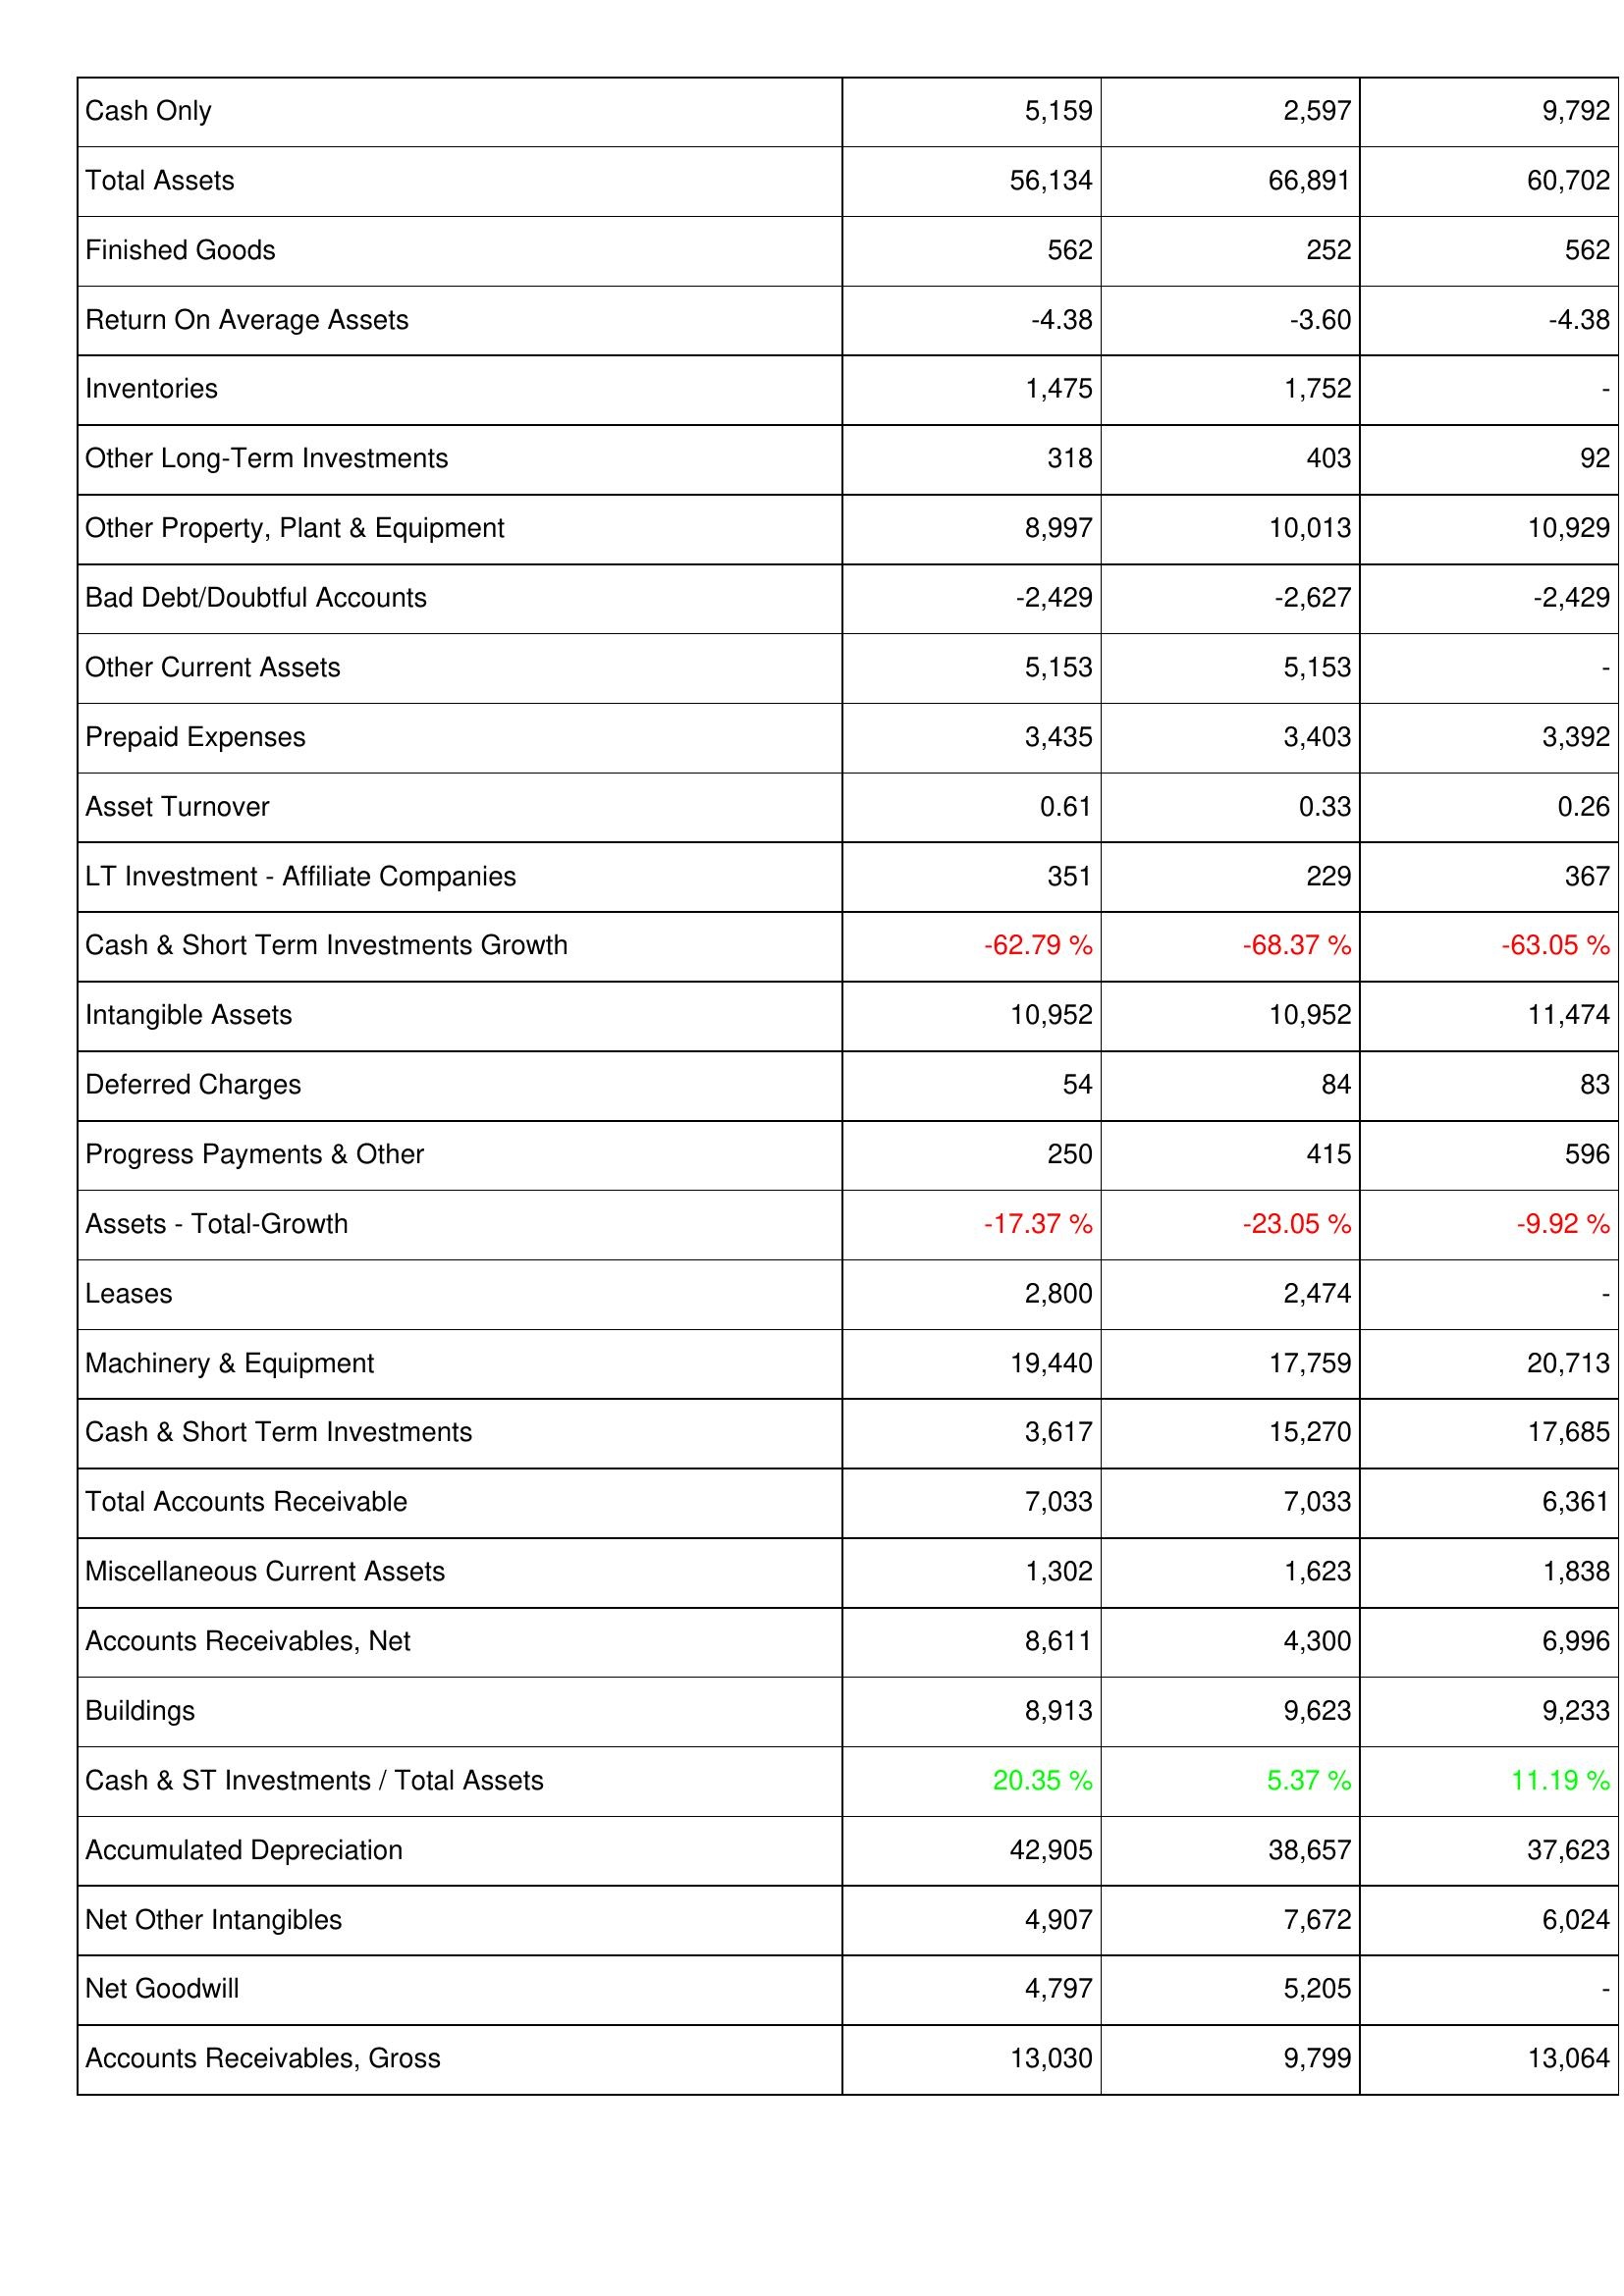
2013: Assets: Cash Only: 5,159
Total Assets: 56,134
Finished Goods: 562
Return On Average Assets: -4.38
Inventories: 1,475
Other Long-Term Investments: 318
Other Property, Plant & Equipment: 8,997
Bad Debt/Doubtful Accounts: -2,429
Other Current Assets: 5,153
Prepaid Expenses: 3,435
Asset Turnover: 0.61
LT Investment - Affiliate Companies: 351
Cash & Short Term Investments Growth: -62.79 %
Intangible Assets: 10,952
Deferred Charges: 54
Progress Payments & Other: 250
Assets - Total-Growth: -17.37 %
Leases: 2,800
Machinery & Equipment: 19,440
Cash & Short Term Investments: 3,617
Total Accounts Receivable: 7,033
Miscellaneous Current Assets: 1,302
Accounts Receivables, Net: 8,611
Buildings: 8,913
Cash & ST Investments / Total Assets: 20.35 %
Accumulated Depreciation: 42,905
Net Other Intangibles: 4,907
Net Goodwill: 4,797
Accounts Receivables, Gross: 13,030
2012: Assets: Cash Only: 2,597
Total Assets: 66,891
Finished Goods: 252
Return On Average Assets: -3.60
Inventories: 1,752
Other Long-Term Investments: 403
Other Property, Plant & Equipment: 10,013
Bad Debt/Doubtful Accounts: -2,627
Other Current Assets: 5,153
Prepaid Expenses: 3,403
Asset Turnover: 0.33
LT Investment - Affiliate Companies: 229
Cash & Short Term Investments Growth: -68.37 %
Intangible Assets: 10,952
Deferred Charges: 84
Progress Payments & Other: 415
Assets - Total-Growth: -23.05 %
Leases: 2,474
Machinery & Equipment: 17,759
Cash & Short Term Investments: 15,270
Total Accounts Receivable: 7,033
Miscellaneous Current Assets: 1,623
Accounts Receivables, Net: 4,300
Buildings: 9,623
Cash & ST Investments / Total Assets: 5.37 %
Accumulated Depreciation: 38,657
Net Other Intangibles: 7,672
Net Goodwill: 5,205
Accounts Receivables, Gross: 9,799
2011: Assets: Cash Only: 9,792
Total Assets: 60,702
Finished Goods: 562
Return On Average Assets: -4.38
Inventories: -
Other Long-Term Investments: 92
Other Property, Plant & Equipment: 10,929
Bad Debt/Doubtful Accounts: -2,429
Other Current Assets: -
Prepaid Expenses: 3,392
Asset Turnover: 0.26
LT Investment - Affiliate Companies: 367
Cash & Short Term Investments Growth: -63.05 %
Intangible Assets: 11,474
Deferred Charges: 83
Progress Payments & Other: 596
Assets - Total-Growth: -9.92 %
Leases: -
Machinery & Equipment: 20,713
Cash & Short Term Investments: 17,685
Total Accounts Receivable: 6,361
Miscellaneous Current Assets: 1,838
Accounts Receivables, Net: 6,996
Buildings: 9,233
Cash & ST Investments / Total Assets: 11.19 %
Accumulated Depreciation: 37,623
Net Other Intangibles: 6,024
Net Goodwill: -
Accounts Receivables, Gross: 13,064